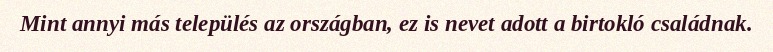
Mint annyi más település az országban, ez is nevet adott a birtokló családnak.